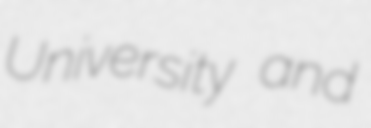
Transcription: University and